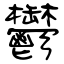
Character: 鬱